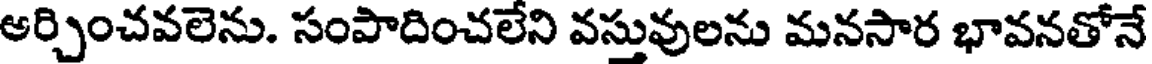
ఆర్చించవలెను. సంపాదించలేని వస్తువులను మనసార భావనతోనే